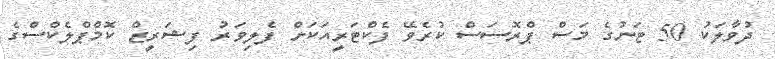
ދުވާލަކު 50 ޓަނުގެ މަސް ޕްރޮސަސް ކުރެވޭ ފެކްޓަރީއަކަށް ފެލިވަރު ފިޝަރީޒް ކޮމްޕްލެކްސްގެ